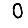
Digit: 0